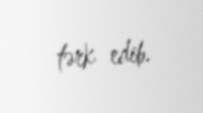
tərk edib.